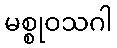
မစ္စုဝသဂါ